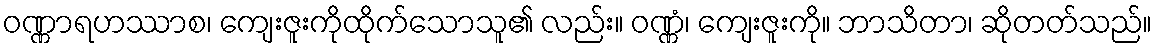
ဝဏ္ဏာရဟဿာစ၊ ကျေးဇူးကိုထိုက်သောသူ၏ လည်း။ ဝဏ္ဏံ၊ ကျေးဇူးကို။ ဘာသိတာ၊ ဆိုတတ်သည်။